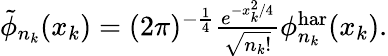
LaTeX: \begin{array}{r}{\tilde{\phi}_{n_{k}}(x_{k})=(2\pi)^{-\frac{1}{4}}\frac{e^{-x_{k}^{2}/4}}{\sqrt{n_{k}!}}\phi_{n_{k}}^{\mathrm{har}}(x_{k}).}\end{array}